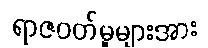
ရာဇဝတ်မှုများအား